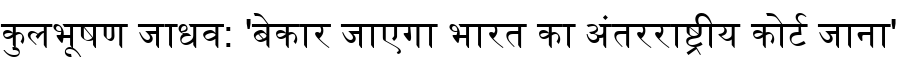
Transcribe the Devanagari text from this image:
कुलभूषण जाधव: 'बेकार जाएगा भारत का अंतरराष्ट्रीय कोर्ट जाना'